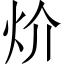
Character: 炌